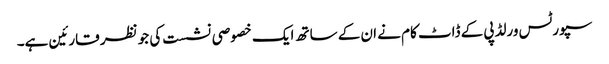
سپورٹس ورلڈپی کے ڈاٹ کام نے ان کے ساتھ ایک خصوصی نشست کی جو نظر قارئین ہے۔